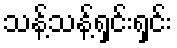
သန့်သန့်ရှင်းရှင်း